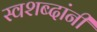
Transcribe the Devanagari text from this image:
स्वशब्दांनी